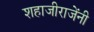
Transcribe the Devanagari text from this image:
शहाजीराजेंनी